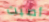
أصبت